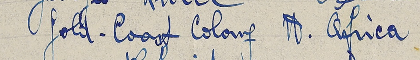
gold-Coast Colonf A. Africa